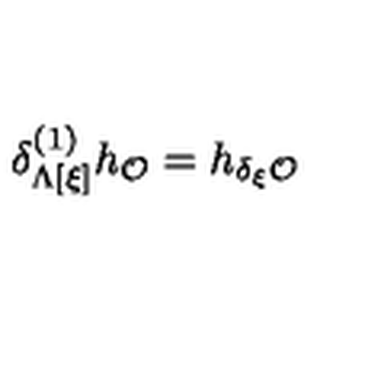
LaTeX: \delta _ { \Lambda [ \xi ] } ^ { ( 1 ) } h _ { \cal O } = h _ { \delta _ { \xi } { \cal O } }